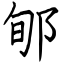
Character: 郇